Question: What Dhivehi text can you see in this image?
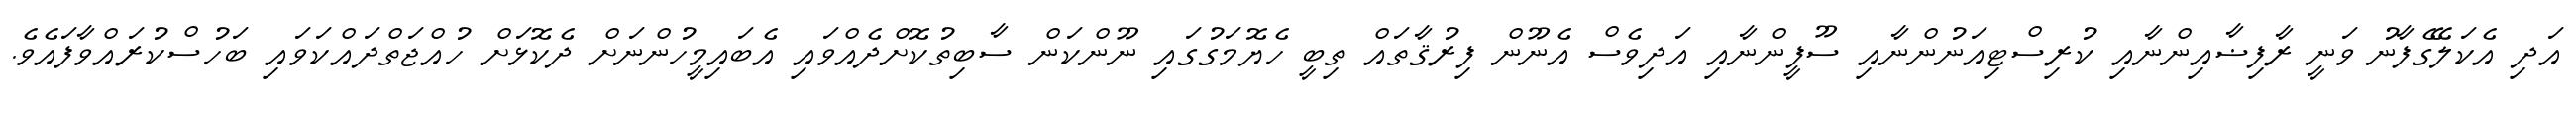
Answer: އަދި އެކަލޭގެފާނު ވަނީ ރާފިޟާއިންނާއި ކުރިސްޓިއަނުންނާއި ސޫފީންނާއި އަދިވެސް އެނޫން ފިރުޤާތައް ތިބީ ހެޔޮމަގުގައި ނޫންކަން ސާބިތުކޮށްދެއްވައި އެބައިމީހުންނަށް ދެކޮޅަށް ހުއްޖަތްދައްކަވައި ބަހުސްކުރައްވާފައެވެ.